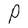
Character: P